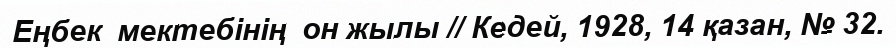
Еңбек  мектебінің  он жылы // Кедей, 1928, 14 қазан, № 32.